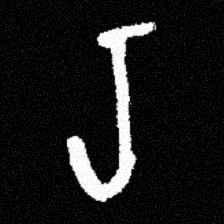
Pyu character \u2014 Myanmar letter: ရ (romanized: ra)